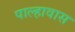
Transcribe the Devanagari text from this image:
पाल्हावास